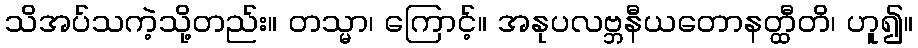
သိအပ်သကဲ့သို့တည်း။ တသ္မာ၊ ကြောင့်။ အနုပလဗ္ဘနီယတောနတ္ထီတိ၊ ဟူ၍။